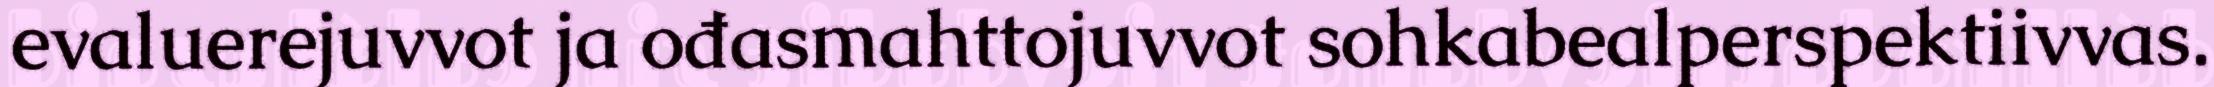
evaluerejuvvot ja ođasmahttojuvvot sohkabealperspektiivvas.